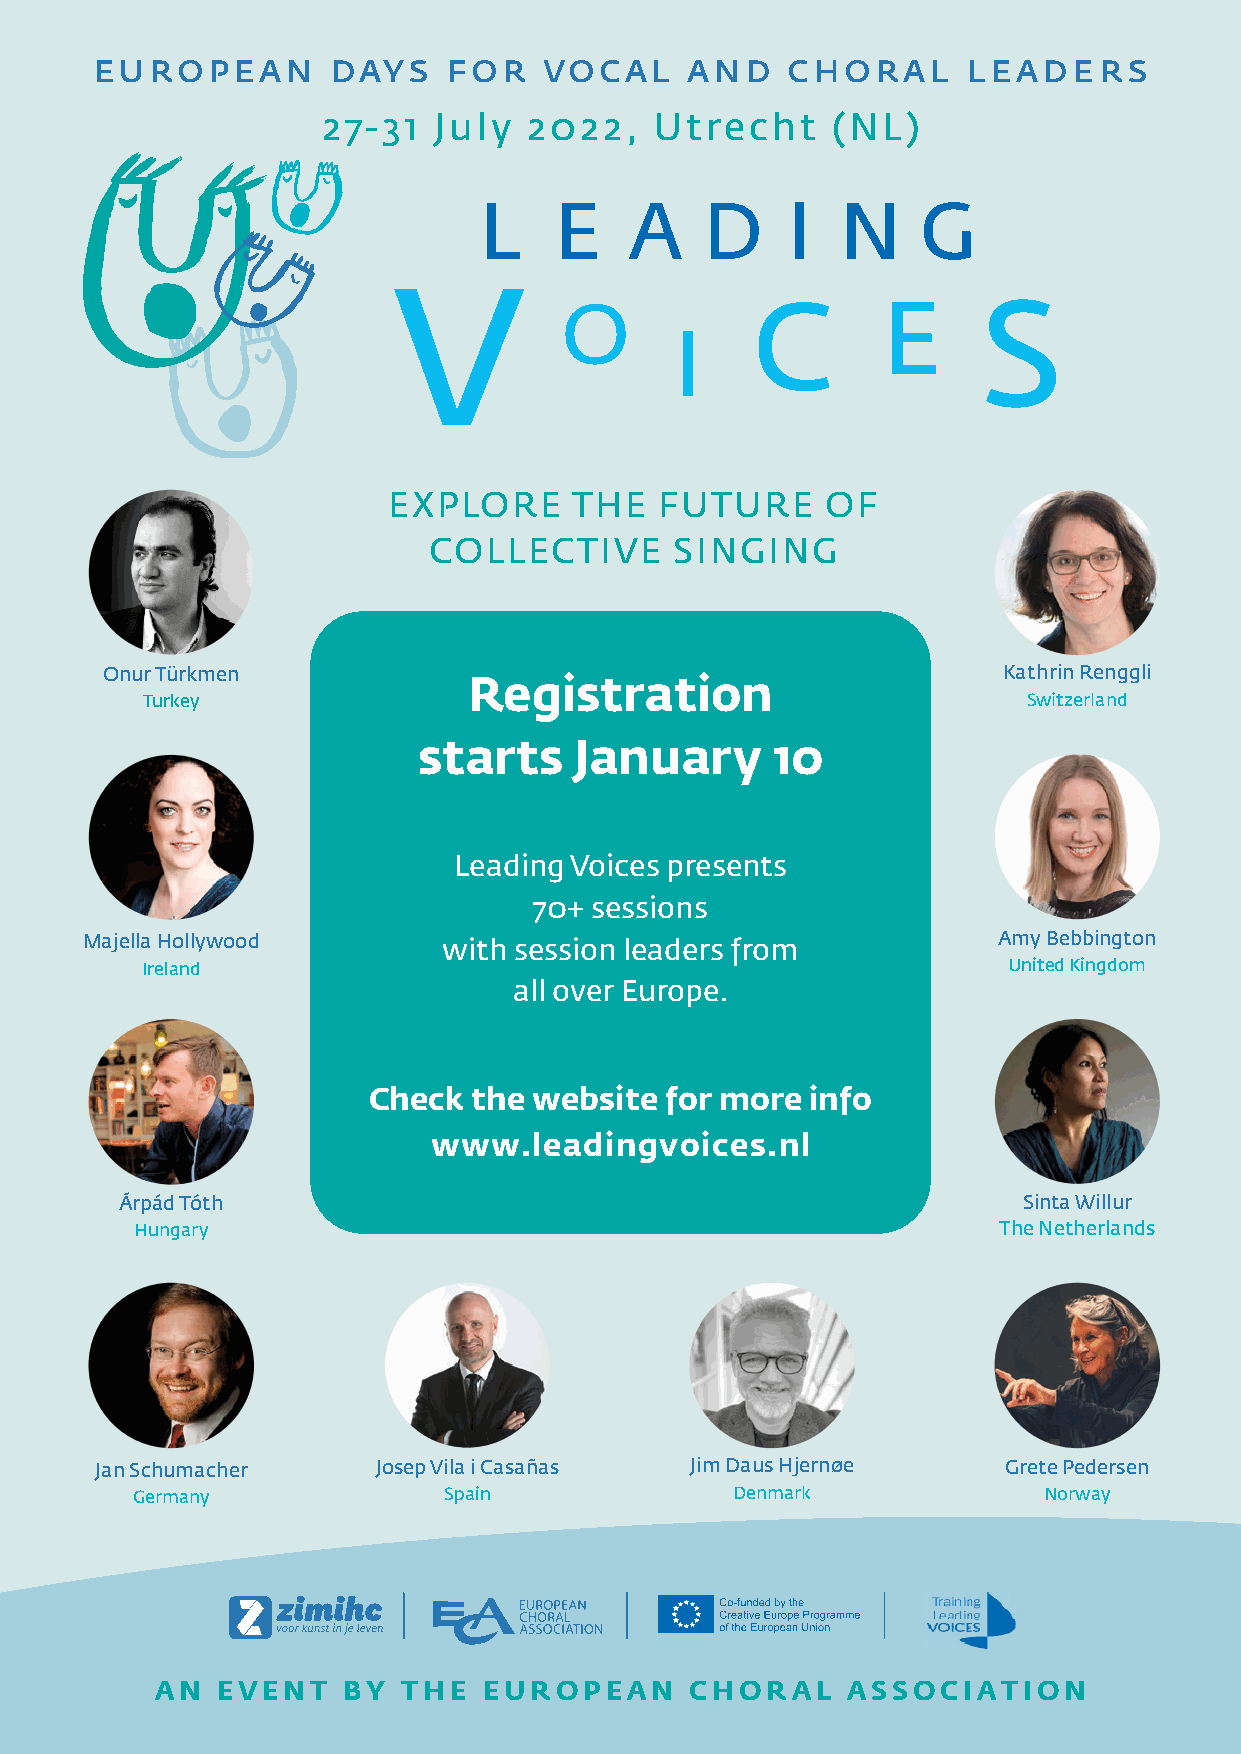
european        days    for   vocal     and   choral      leaders
 27-31   July  2022,   Utrecht     (NL)
 Meet   a selection of our session  leaders
 EXPLORE     THE   FUTURE     OF
 COLLECTIVE       SINGING
 Onur Türkmen                                               Kathrin Renggli
 Registration
 Turkey                                                     Switzerland
 starts    January      10
 Leading Voices presents
 70+ sessions
 Majella Hollywood       with session leaders from            Amy Bebbington
 Ireland                                                   United Kingdom
 all over Europe.
 Check  the website  for more  info
 www.leadingvoices.nl
 Árpád Tóth                                                  Sinta Willur
 Hungary                                                  The Netherlands
 Jan Schumacher     Josep Vila i Casañas Jim Daus Hjernøe     Grete Pedersen
 Germany             Spain              Denmark              Norway
 AN  EVENT    BY  THE  EUROPEAN      CHORAL    ASSOCIATION           57